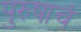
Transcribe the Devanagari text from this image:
पुरुषाचं